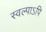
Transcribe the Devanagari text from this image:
स्वल्पाऽपि